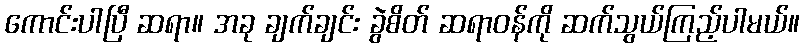
ကောင်းပါပြီ ဆရာ။ အခု ချက်ချင်း ခွဲစိတ် ဆရာဝန်ကို ဆက်သွယ်ကြည့်ပါမယ်။